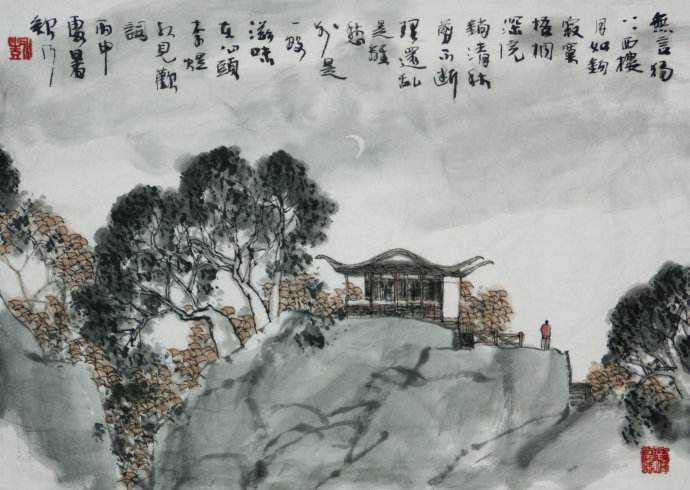
剪不断，理还乱，是离愁。别是一般滋味在心头。